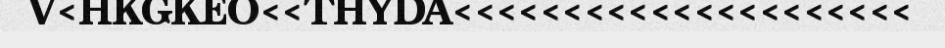
V<HKGKEO<<THYDA<<<<<<<<<<<<<<<<<<<<<